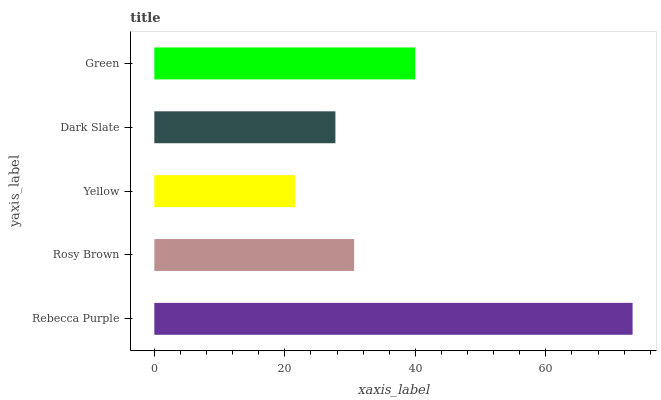
| yaxis_label | bars |
 | --- | --- |
 | Rebecca Purple | 73.3 |
 | Rosy Brown | 30.6 |
 | Yellow | 21.6 |
 | Dark Slate | 27.8 |
 | Green | 40 |